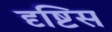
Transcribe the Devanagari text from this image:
दृष्टिस